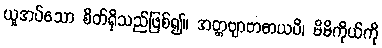
ယူအပ်သော စိတ်ရှိသည်ဖြစ်၍။ အတ္တဗျာဗာဓာယပိ၊ မိမိကိုယ်ကို